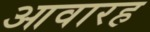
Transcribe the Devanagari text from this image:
आवारह